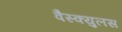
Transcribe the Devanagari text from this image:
वैस्क्युलस